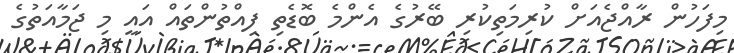
މިފަހުން ރާއްޖެއަށް ކުރިމަތިކުރި ބޭރުގެ އެންމެ ބޮޑެތި ފިއްތުންތައް އައީ މި ޖަމާއަތުގެ